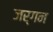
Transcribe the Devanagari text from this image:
जर्गन